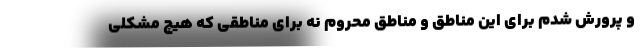
و پرورش شدم برای این مناطق و مناطق محروم نه برای مناطقی که هیچ مشکلی